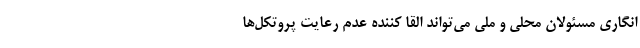
انگاری مسئولان محلی و ملی می‌تواند القا کننده عدم رعایت پروتکل‌ها